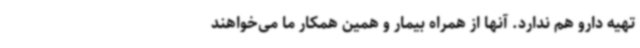
تهیه دارو هم ندارد. آنها از همراه بیمار و همین همکار ما می‌خواهند